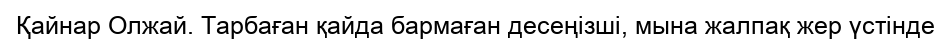
Қайнар Олжай. Тарбаған қайда бармаған десеңізші, мына жалпақ жер үстінде